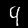
Digit: 4